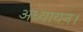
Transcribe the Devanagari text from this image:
अध्यायन।